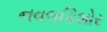
નવલકિશોર